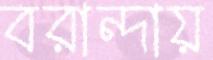
বরান্দায়